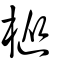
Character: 樅